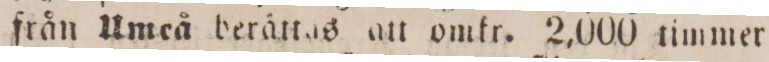
från Umeå berättas att omkr. 2,000 timmer